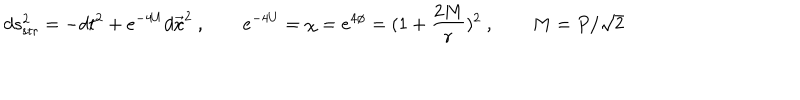
d s _ { \mathrm { s t r } } ^ { 2 } = - d t ^ { 2 } + e ^ { - 4 U } d \vec { x } ^ { 2 } \ , \qquad e ^ { - 4 U } = \chi = e ^ { 4 \phi } = ( 1 + { \frac { 2 M } { r } } ) ^ { 2 } \ , \qquad M = P / \sqrt 2